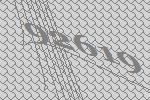
92619